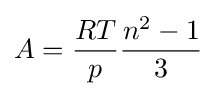
A={\frac {RT}{p}}{\frac {n^{2}-1}{3}}